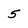
Character: 5